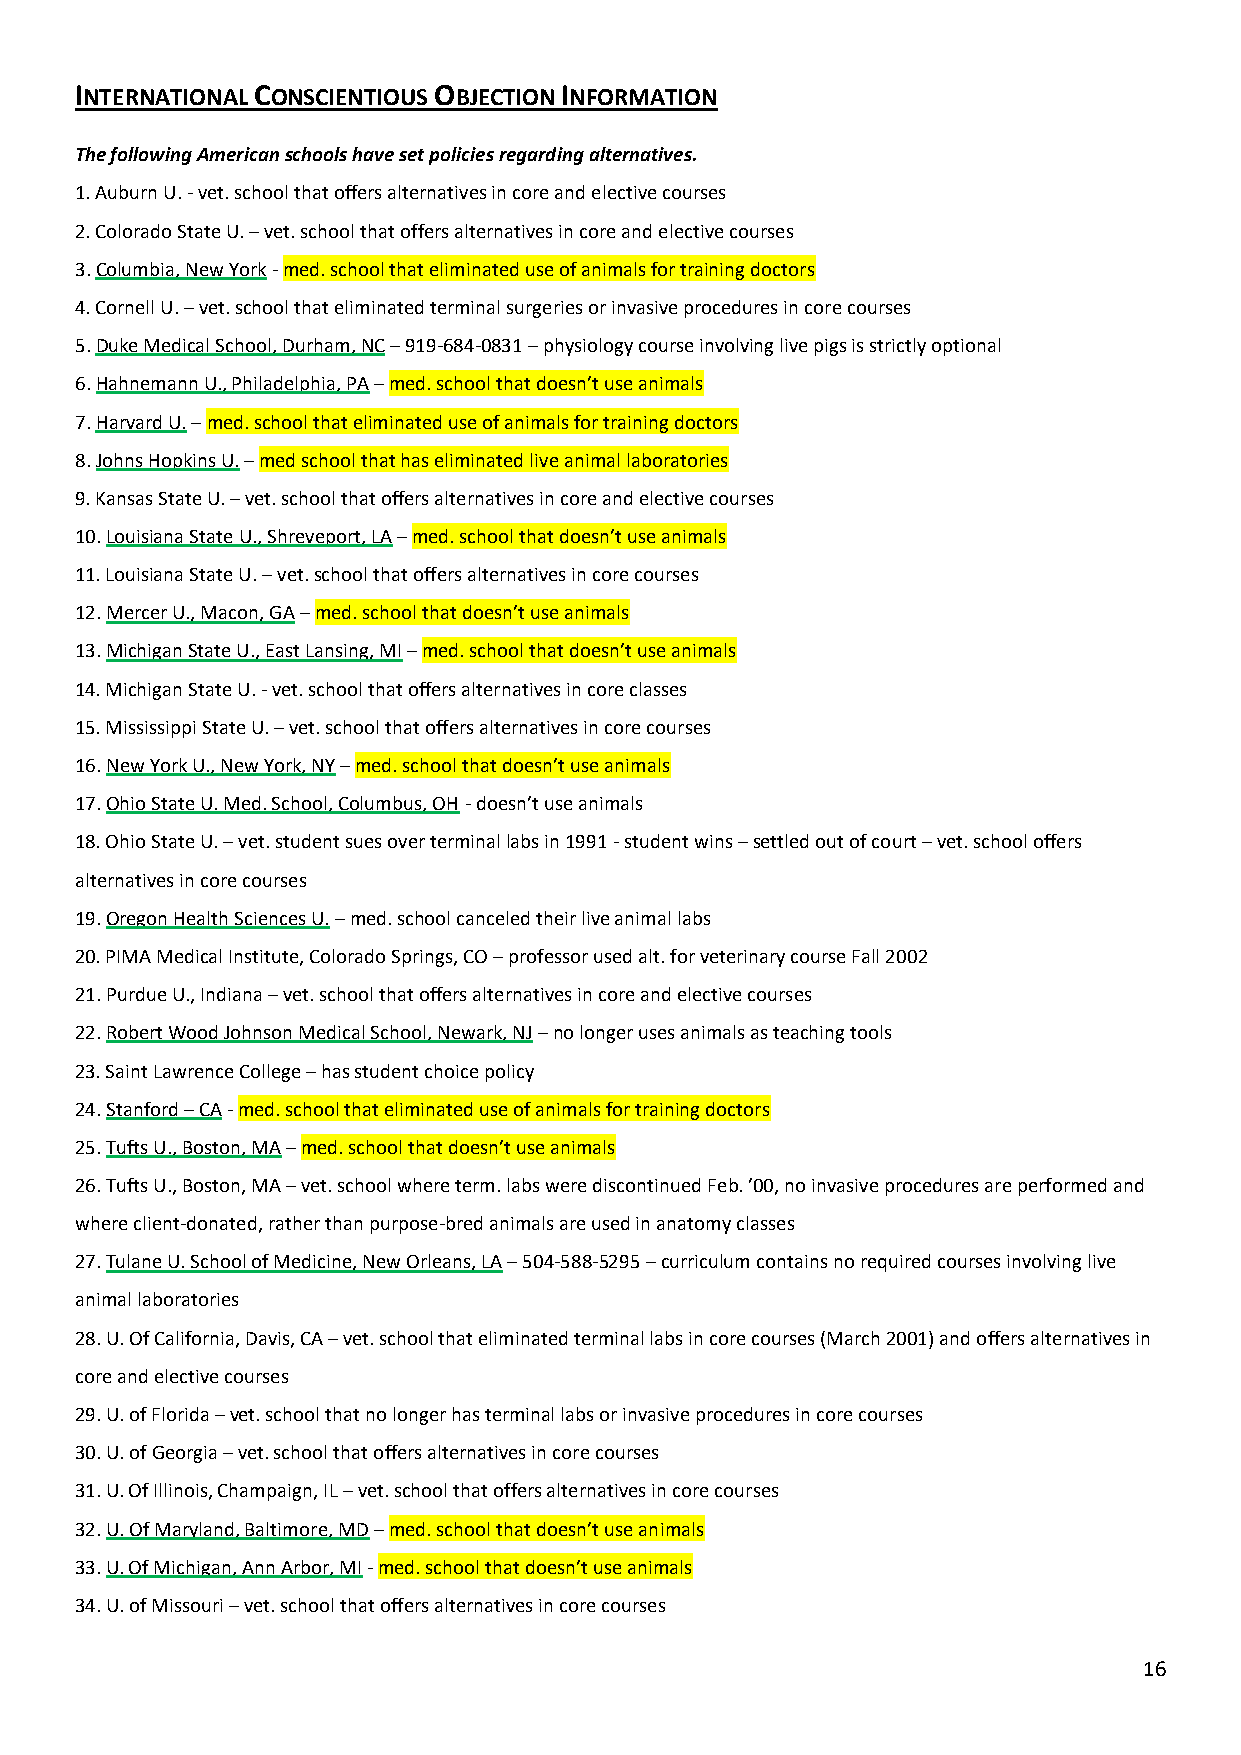
INTERNATIONAL CONSCIENTIOUS OBJECTION INFORMATION
 The following American schools have set policies regarding alternatives.
 1. Auburn U. - vet. school that offers alternatives in core and elective courses
 2. Colorado State U. – vet. school that offers alternatives in core and elective courses
 3. Columbia, New York - med. school that eliminated use of animals for training doctors
 4. Cornell U. – vet. school that eliminated terminal surgeries or invasive procedures in core courses
 5. Duke Medical School, Durham, NC – 919-684-0831 – physiology course involving live pigs is strictly optional
 6. Hahnemann U., Philadelphia, PA – med. school that doesn’t use animals
 7. Harvard U. – med. school that eliminated use of animals for training doctors
 8. Johns Hopkins U. – med school that has eliminated live animal laboratories
 9. Kansas State U. – vet. school that offers alternatives in core and elective courses
 10. Louisiana State U., Shreveport, LA – med. school that doesn’t use animals
 11. Louisiana State U. – vet. school that offers alternatives in core courses
 12. Mercer U., Macon, GA – med. school that doesn’t use animals
 13. Michigan State U., East Lansing, MI – med. school that doesn’t use animals
 14. Michigan State U. - vet. school that offers alternatives in core classes
 15. Mississippi State U. – vet. school that offers alternatives in core courses
 16. New York U., New York, NY – med. school that doesn’t use animals
 17. Ohio State U. Med. School, Columbus, OH - doesn’t use animals
 18. Ohio State U. – vet. student sues over terminal labs in 1991 - student wins – settled out of court – vet. school offers
 alternatives in core courses
 19. Oregon Health Sciences U. – med. school canceled their live animal labs
 20. PIMA Medical Institute, Colorado Springs, CO – professor used alt. for veterinary course Fall 2002
 21. Purdue U., Indiana – vet. school that offers alternatives in core and elective courses
 22. Robert Wood Johnson Medical School, Newark, NJ – no longer uses animals as teaching tools
 23. Saint Lawrence College – has student choice policy
 24. Stanford – CA - med. school that eliminated use of animals for training doctors
 25. Tufts U., Boston, MA – med. school that doesn’t use animals
 26. Tufts U., Boston, MA – vet. school where term. labs were discontinued Feb. ’00, no invasive procedures are performed and
 where client-donated, rather than purpose-bred animals are used in anatomy classes
 27. Tulane U. School of Medicine, New Orleans, LA – 504-588-5295 – curriculum contains no required courses involving live
 animal laboratories
 28. U. Of California, Davis, CA – vet. school that eliminated terminal labs in core courses (March 2001) and offers alternatives in
 core and elective courses
 29. U. of Florida – vet. school that no longer has terminal labs or invasive procedures in core courses
 30. U. of Georgia – vet. school that offers alternatives in core courses
 31. U. Of Illinois, Champaign, IL – vet. school that offers alternatives in core courses
 32. U. Of Maryland, Baltimore, MD – med. school that doesn’t use animals
 33. U. Of Michigan, Ann Arbor, MI - med. school that doesn’t use animals
 34. U. of Missouri – vet. school that offers alternatives in core courses
 16